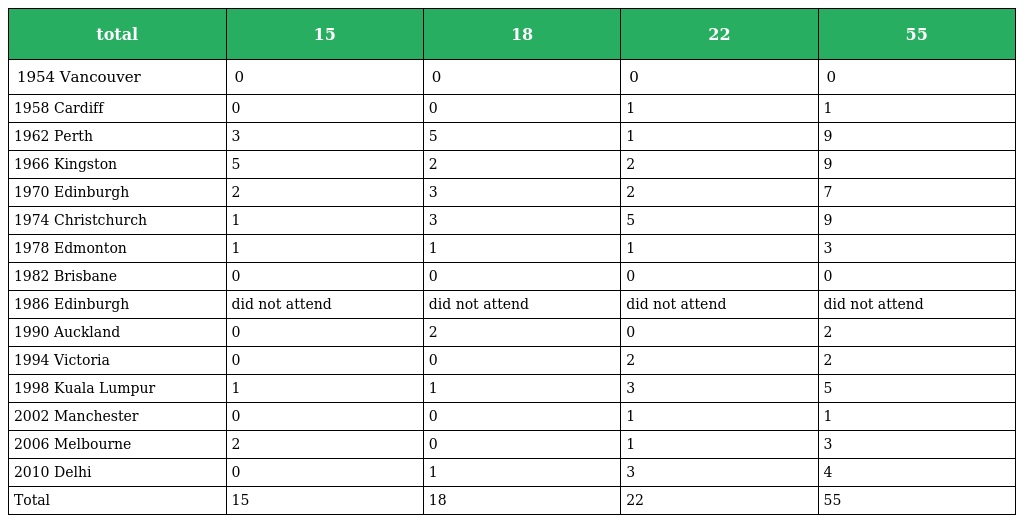
| total | 15 | 18 | 22 | 55 |
 | --- | --- | --- | --- | --- |
 | 1954 Vancouver | 0 | 0 | 0 | 0 |
 | 1958 Cardiff | 0 | 0 | 1 | 1 |
 | 1962 Perth | 3 | 5 | 1 | 9 |
 | 1966 Kingston | 5 | 2 | 2 | 9 |
 | 1970 Edinburgh | 2 | 3 | 2 | 7 |
 | 1974 Christchurch | 1 | 3 | 5 | 9 |
 | 1978 Edmonton | 1 | 1 | 1 | 3 |
 | 1982 Brisbane | 0 | 0 | 0 | 0 |
 | 1986 Edinburgh | did not attend | did not attend | did not attend | did not attend |
 | 1990 Auckland | 0 | 2 | 0 | 2 |
 | 1994 Victoria | 0 | 0 | 2 | 2 |
 | 1998 Kuala Lumpur | 1 | 1 | 3 | 5 |
 | 2002 Manchester | 0 | 0 | 1 | 1 |
 | 2006 Melbourne | 2 | 0 | 1 | 3 |
 | 2010 Delhi | 0 | 1 | 3 | 4 |
 | Total | 15 | 18 | 22 | 55 |